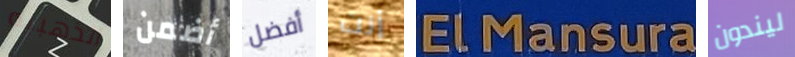
الذهبيه أضمن أفضل أنت ELMansura ليندون